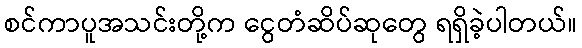
စင်ကာပူအသင်းတို့က ငွေတံဆိပ်ဆုတွေ ရရှိခဲ့ပါတယ်။